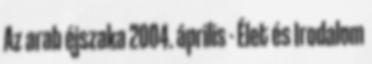
Az arab éjszaka 2004. április - Élet és Irodalom